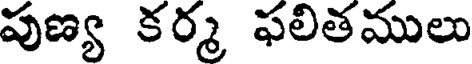
పుణ్య కర్మ ఫలితములు